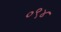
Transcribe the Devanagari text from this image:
०९४